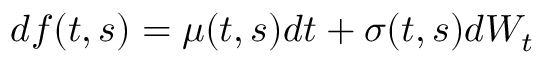
d f ( t , s ) = \mu ( t , s ) d t + { \boldsymbol { \sigma } } ( t , s ) d W _ { t }